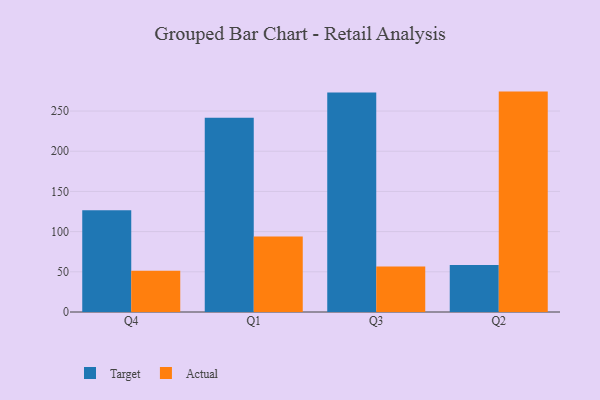
{"axis": {"x": "Quarter", "y": "Backlog"}, "legend": ["Actual", "Target"], "data": [{"x": "Q4", "y": 126.5, "type": "Target"}, {"x": "Q4", "y": 51.2, "type": "Actual"}, {"x": "Q1", "y": 241.7, "type": "Target"}, {"x": "Q1", "y": 93.9, "type": "Actual"}, {"x": "Q3", "y": 273.0, "type": "Target"}, {"x": "Q3", "y": 56.6, "type": "Actual"}, {"x": "Q2", "y": 58.5, "type": "Target"}, {"x": "Q2", "y": 274.2, "type": "Actual"}]}